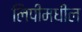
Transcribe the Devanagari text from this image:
लिपींमधील